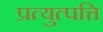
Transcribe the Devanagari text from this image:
प्रत्युत्पत्ति